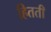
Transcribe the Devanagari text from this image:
हितती